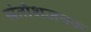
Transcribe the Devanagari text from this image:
संतोशजनक